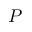
P